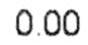
0.00